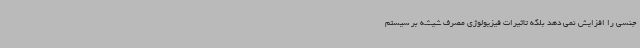
جنسی را افزایش نمی دهد بلکه تاثیرات فیزیولوژی مصرف شیشه بر سیستم